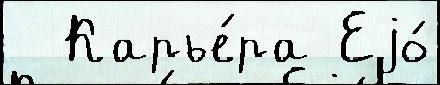
  Карье́ра Еjо́